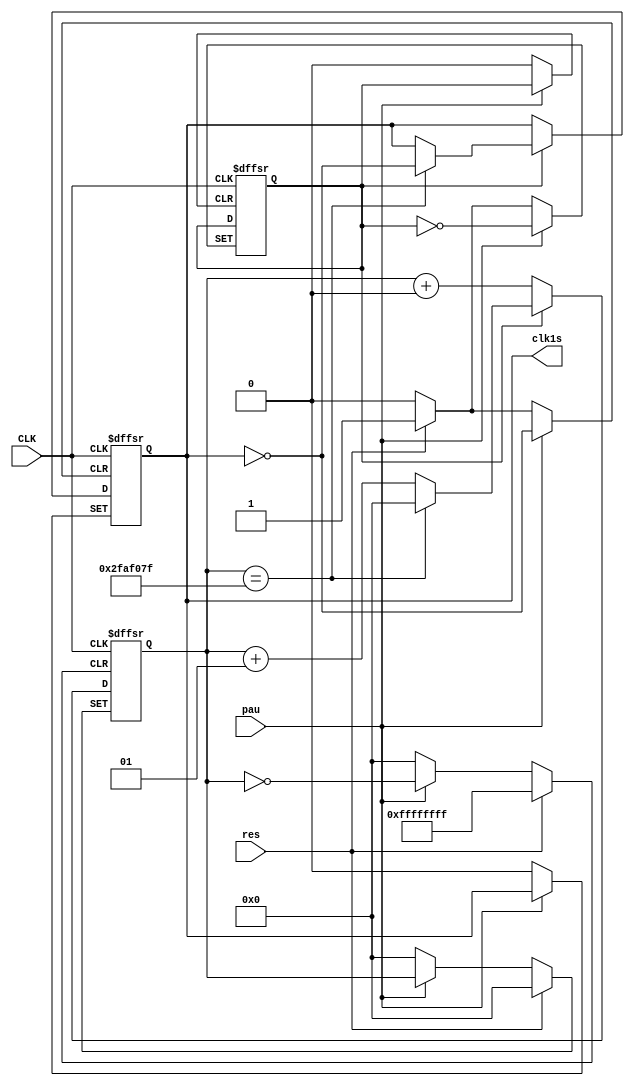
`timescale 1ns / 1ps
//////////////////////////////////////////////////////////////////////////////////
// Company: 
// Engineer: 
// 
// Design Name: 
// Module Name: divider
// Project Name: 
// Target Devices: 
// Tool Versions: 
// Description: 
// 
// Dependencies: 
// 
// Revision:
// Revision 0.01 - File Created
// Additional Comments:
// 
//////////////////////////////////////////////////////////////////////////////////


module divider(
    input CLK,//
    input pau,//
    input res,//
    output reg clk1s//1??
    
    );
   
    //parameter update_interval = 100000000 / 100 - 1;  //100MHZ  100HZ
    parameter update_interval = 50000000 - 1;//1??
    integer selcnt;
    reg state;

    initial begin
    clk1s <= 0;
    //state <=0;
    end
    
    always @(posedge CLK,posedge pau,posedge res)  //100Hz
       begin
       if(res)
           begin
             state <= 1;
             selcnt <= 0;
             clk1s <= 0;
           end
       else if(pau)
            state =~state;
       else begin
            if(state)
                begin    
                    if (selcnt == update_interval)  //1??
                    begin  
                        selcnt <= 0;  
                        clk1s =~clk1s;  //
                    end
                    else
                        selcnt <= selcnt+1;
                end
            else
                selcnt <= selcnt+0;//
            end         
   end

endmodule